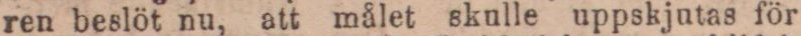
ren beslöt nu, att målet skulle uppskjutas för